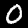
Digit: 0